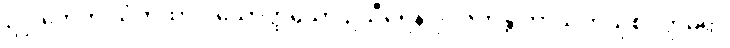
ဥဂ္ဃါတေတိ သံကထာဝ သောတ္ထိယော ဥသီရေန ဒုပ္ပဇဟန္တိ ကာသိကသုစိဝတ္ထဓရာ